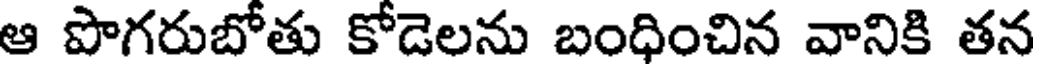
ఆ పొగరుబోతు కోడెలను బంధించిన వానికి తన